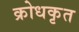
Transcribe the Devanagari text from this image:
क्रोधकृत